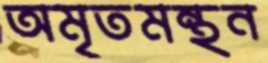
অমৃতমন্থন